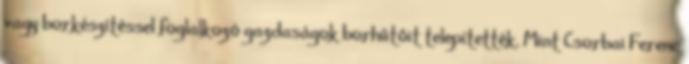
vagy borkészítéssel foglalkozó gazdaságok borhûtôit telepítették. Mint Csorbai Ferenc